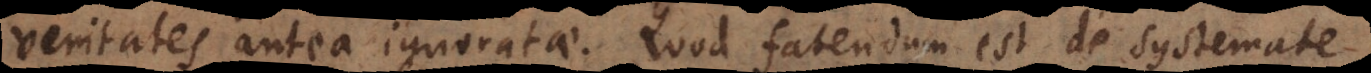
veritates antea ignoratae. Quod fatendum est de systemate